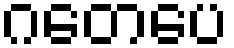
ဂတေပေ